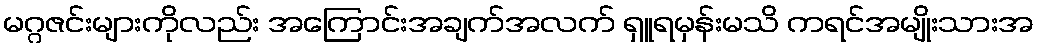
မဂ္ဂဇင်းများကိုလည်း အကြောင်းအချက်အလက် ရှူရမှန်းမသိ ကရင်အမျိုးသားအ